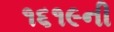
૧૬૧૯ની